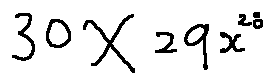
3 0 \times 2 9 x ^ { 2 8 }